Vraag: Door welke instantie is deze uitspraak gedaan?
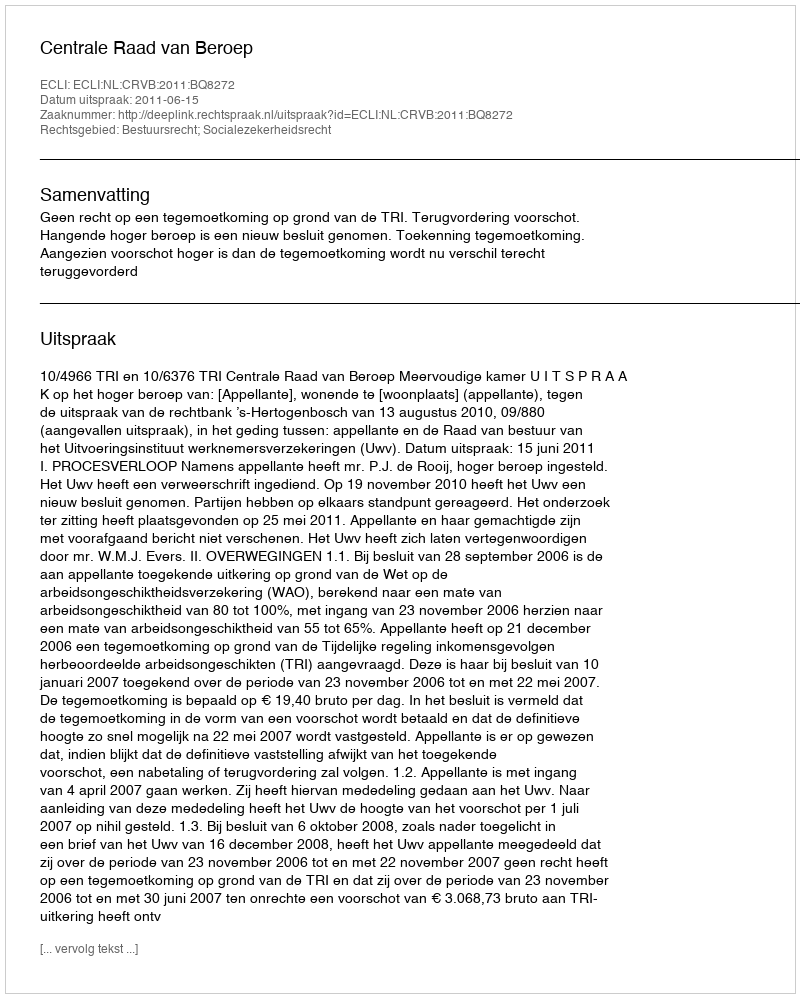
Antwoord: Centrale Raad van Beroep